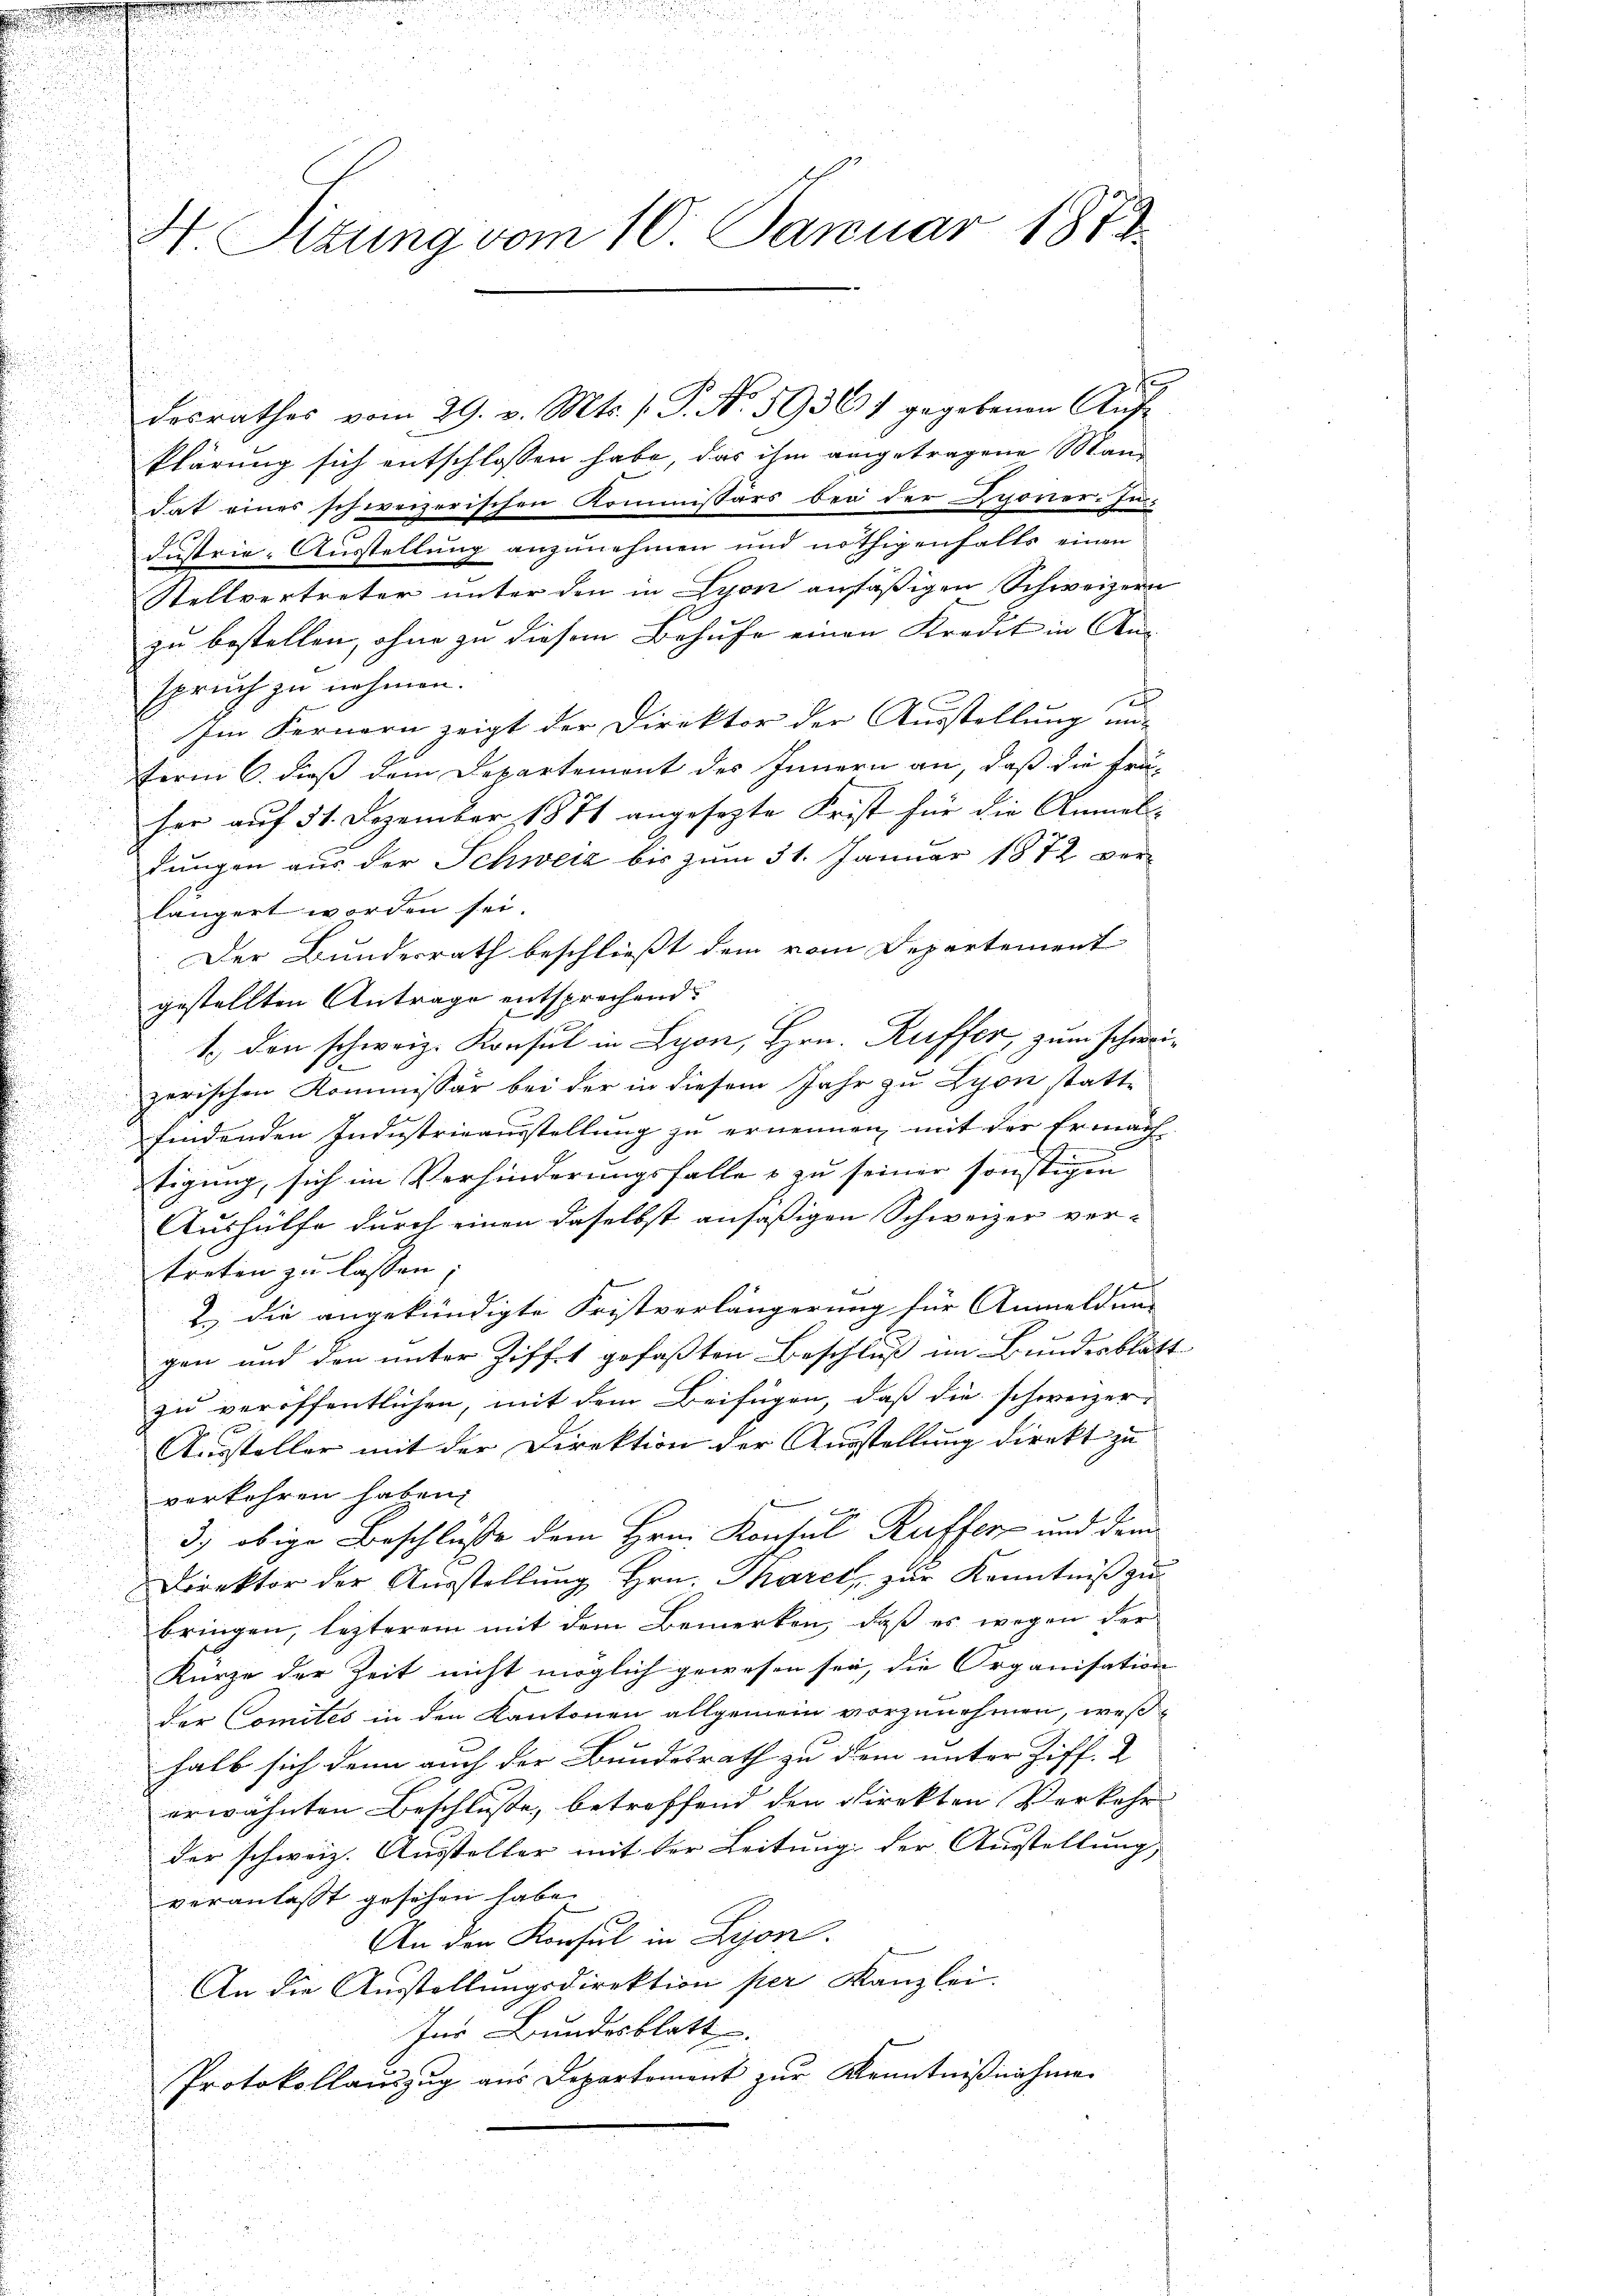
H. Sizung vom 10. Januar 1873.

desrathes vom 29. v. Mts. s. P. No. 59367 gegebenen Aufklärung sich entschlossen habe, das ihm angetragene Mand
dat eines schweizerischen Kommissärs bei der Sponierun
dustrie-Ausstellung anzunehmen und nöthigenfalls einen
Stellvertreter unter den in Lyon ansäßigen Schweizern
zu bestellen, ohne zu diesem Behufe einen Kredit in An-
spruch zu nehmen.
x
Im Fernern zeigt der Direktor der Ausstellung un-
term 6. dieß dem Departement des Innern an, daß die frü-
her auf 31. Dezember 1871 angesezte Frist für die Anmeldungen aus der Schweiz bis zum 31. Januar 1872 ver-
längert worden sei.
Der Bundesrath beschließt dem vom Departement
gestellten Antrage entsprechend.
d
1. den schweiz. Konsul in Lyon, Hrn. Kuffer, zum Schweizerischen Kommissär bei der in diesem Jahr zu Lyon stattfindenden Industrieausstellung zu ernennen, mit der Ermach
.
tigung, sich im Verhinderungsfalle & zu seiner sonstigen
Aushülfe durch einen daselbst ansäßigen Schweizer ver-
treten zu lassen, |

2. die angekündigte Fristverlängerung für Anmeldun-
2
gen und den unter Zifft gefaßten Beschluß im Bundesblätt
zu veröffentlichen, mit dem Beifügen, daß die schweizer-
Aussteller mit der Direktion der Ausstellung direkt zu
verkehren haben,
3., obige Beschlusse dem Hrn. Konsul Kuffer und dem
Direktor der Aŭsstellŭng Hrn. Thoret, zŭr Kenntniß zu
bringen, lezterem mit dem Bemerken, daß es wegen der
Kurze der Zeit nicht möglich gewesen sei, die Organisation
der Comités in den Kantonen allgemein vorzunehmen, weß
halb sich denn auch der Bundesrath zu dem unter Ziff. 2
erwähnten Beschlüsse, betreffend den direkten Verkehr
der schweiz. Aussteller mit der Leitung der Ausstellung
veranlasst gesehen habe.
An den Konsul in Lyon.
An die Austellungsdirektion per Kanzlei.
Ins Bundesblatt
Protokollauszug aus Departement zur Kenntnißnahme

f